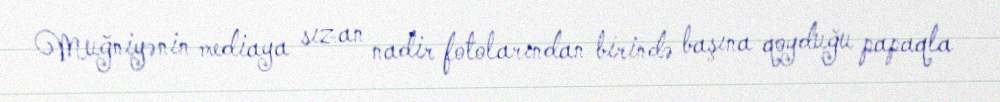
Muğniyənin mediaya sızan nadir fotolarından birində başına qoyduğu papaqla